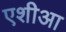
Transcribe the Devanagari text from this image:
एशीआ